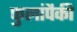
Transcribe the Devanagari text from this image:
फुलांपैकी